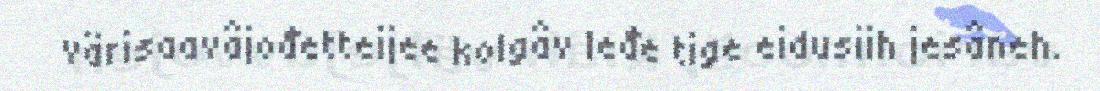
värisaavâjođetteijee kolgâv leđe tige eidusiih jesâneh.